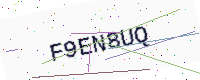
Text: F9EN8UQ